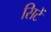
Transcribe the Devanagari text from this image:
सिटें